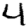
Digit: 4